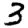
Digit: 3